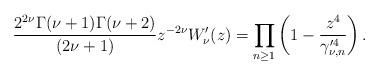
LaTeX: \begin{align*}\frac{2^{2\nu}\Gamma(\nu+1)\Gamma(\nu+2)}{(2\nu+1)}z^{-2\nu}W'_{\nu}(z)=\prod_{n\geq 1}\left(1-\frac{z^4}{\gamma'^4_{\nu,n}}\right).\end{align*}